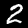
Digit: 2